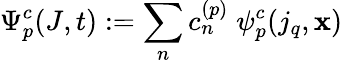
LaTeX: \Psi_{p}^{c}(J,t):=\sum_{n}c_{n}^{(p)}\; \psi_{p}^{c}(j_{q},\mathbf{x})